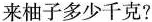
来柚子多少千克？